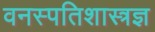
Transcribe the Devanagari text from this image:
वनस्पतिशास्त्रज्ञ